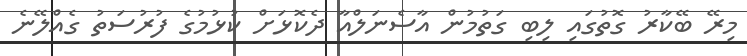
މިރޭ ބޭކާރު ގޮތުގައި ލިބި ގަތުމުން އާސެނަލްއާ ދެކޮޅަށް ކުޅުމުގެ ފުރުސަތު ގެއްލޭނެ